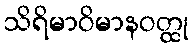
သိရိမာဝိမာနဝတ္ထု